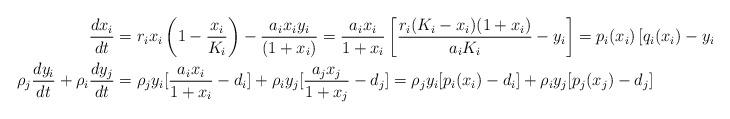
LaTeX: \begin{align*}\frac{dx_i}{dt} &=r_ix_i\left(1-\frac{x_i}{K_i}\right)-\frac{a_i x_iy_i}{(1+x_i)}=\frac{a_i x_i}{1+x_i}\left[\frac{r_i(K_i-x_i)(1+x_i)}{a_iK_i}-y_i\right]=p_i(x_i)\left[q_i(x_i)-y_i\right]. \\\rho_j\frac{dy_i}{dt} + \rho_i\frac{dy_j}{dt} &= \rho_jy_i[\frac{a_ix_i}{1+x_i}-d_i]+ \rho_iy_j[\frac{a_jx_j}{1+x_j}-d_j] = \rho_jy_i[p_i(x_i)-d_i]+ \rho_iy_j[p_j(x_j)-d_j] \end{align*}